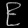
Digit: ၉